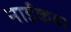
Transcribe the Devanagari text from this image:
नाईकबा